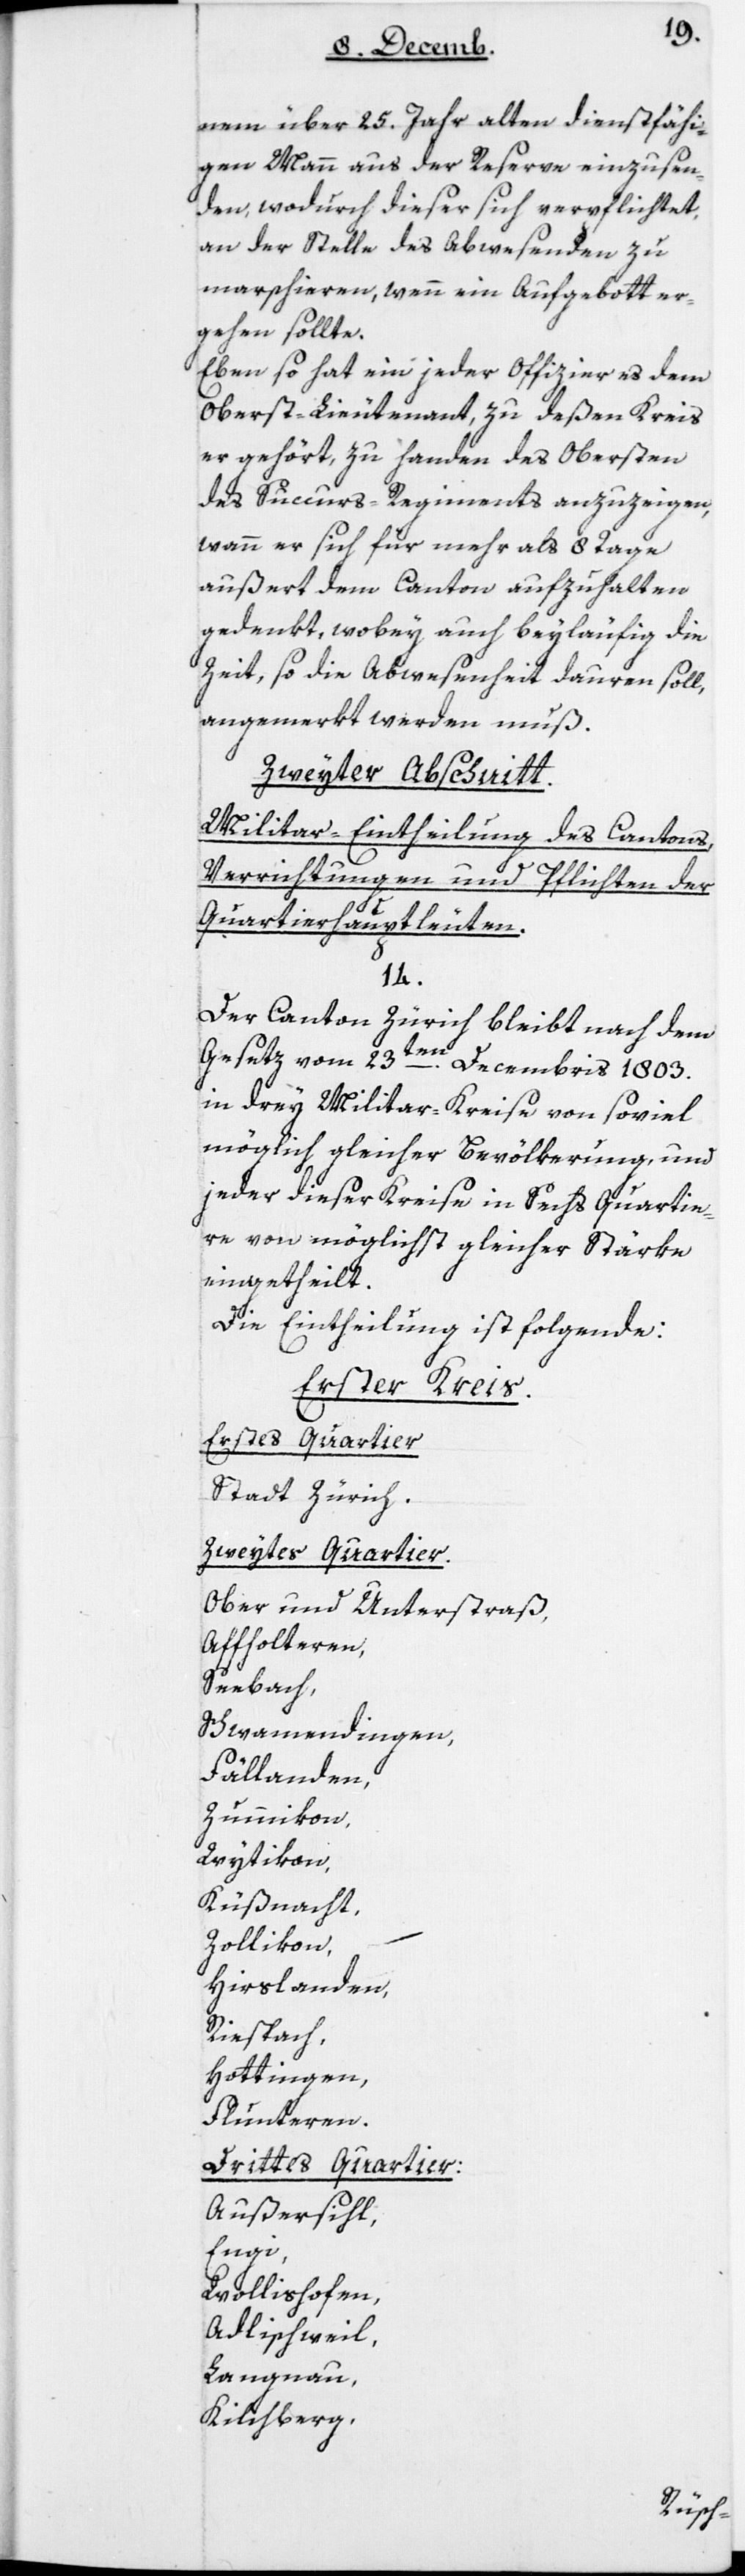
nem über 25 Jahr alten dienstfähi¬
gen Mann aus der Reserve einzusen¬
den, wodurch dieser sich verpflichtet,
an der Stelle des Abwesenden zu
marschieren, wenn ein Aufgebott er¬
gehen sollte.
Ebenso hat ein jeder Officier es dem
Oberst-Lieutenant, zu deßen Kreis
er gehört, zu Handen des Obersten
des Succurs-Regiments anzuzeigen,
wann er sich für mehr als 8 Tage
außert dem Canton aufzuhalten
gedenkt, wobey auch beyläufig die
Zeit, so die Abwesenheit dauren soll,
angemerkt werden muß.
Zweyter Abschnitt:
Militar-Eintheilung des Cantons,
Verrichtungen und Pflichten der
Quartierhauptleuten.
14.
Der Canton Zürich bleibt nach dem
Gesetz vom 23ten Decembris 1803
in drey Militar-Kreise von soviel
möglich gleicher Bevölkerung, und
jeder dieser Kreise in sechs Quartie¬
re von möglichst gleicher Stärke
eingetheilt.
Die Eintheilung ist folgende:
Erster Kreis.
Erstes Quartier:
Stadt Zürich.
Zweytes Quartier:
Ober- und Unterstraß;
Affoltern;
Seebach;
Schwamendingen;
Fällanden;
Zumikon;
Wytikon;
Küßnacht;
Zollikon;
Hirslanden;
Riesbach;
Hottingen;
Flunteren.
Drittes Quartier:
Außersihl;
Enge;
Wollishofen;
Adlischweil;
Langnau;
Kilchberg;